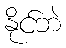
နိုင်ဘဲ